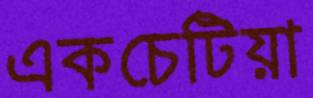
একচেটিয়া